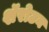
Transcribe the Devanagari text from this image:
शॅरोटन